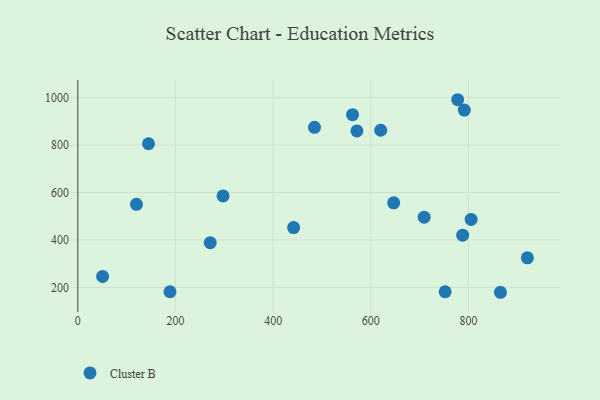
{"axis": {"x": "Experience", "y": "Rating"}, "legend": ["Cluster B"], "data": [{"x": "571.6", "y": 859.6, "type": "Cluster B"}, {"x": "271.2", "y": 388.6, "type": "Cluster B"}, {"x": "484.7", "y": 874.5, "type": "Cluster B"}, {"x": "805.5", "y": 486.6, "type": "Cluster B"}, {"x": "120.1", "y": 550.0, "type": "Cluster B"}, {"x": "50.8", "y": 246.3, "type": "Cluster B"}, {"x": "865.6", "y": 179.4, "type": "Cluster B"}, {"x": "791.5", "y": 947.2, "type": "Cluster B"}, {"x": "188.8", "y": 181.6, "type": "Cluster B"}, {"x": "144.8", "y": 805.4, "type": "Cluster B"}, {"x": "620.3", "y": 862.3, "type": "Cluster B"}, {"x": "297.5", "y": 585.4, "type": "Cluster B"}, {"x": "709.3", "y": 496.1, "type": "Cluster B"}, {"x": "646.9", "y": 556.5, "type": "Cluster B"}, {"x": "442.0", "y": 452.3, "type": "Cluster B"}, {"x": "752.3", "y": 181.6, "type": "Cluster B"}, {"x": "920.7", "y": 324.6, "type": "Cluster B"}, {"x": "777.9", "y": 991.0, "type": "Cluster B"}, {"x": "562.6", "y": 927.9, "type": "Cluster B"}, {"x": "788.2", "y": 420.1, "type": "Cluster B"}]}